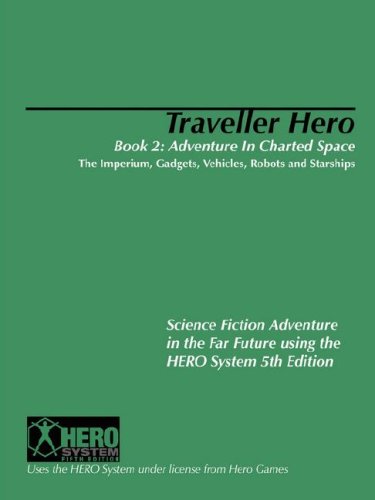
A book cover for Traveller Hero Book Two: Adventure in Charted Space: The Imperium, Gadgets, Vehicles, Robots and Starships; Rob Bruce; Science Fiction & Fantasy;